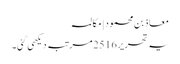
معاذ بن محمود | مکالمہ
یہ تحریر 2516 مرتبہ دیکھی گئی۔